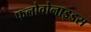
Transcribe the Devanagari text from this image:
फलोवोनाइडस